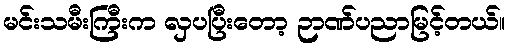
မင်းသမီးကြီးက လှပပြီးတော့ ဉာဏ်ပညာမြင့်တယ်။